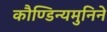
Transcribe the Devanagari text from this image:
कौण्डिन्यमुनिने